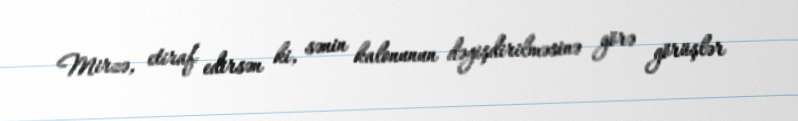
Mirzə, etiraf edirsən ki, sənin kalonunun dəyişdirilməsinə görə görüşlər